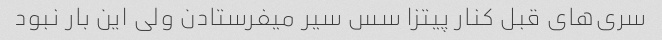
سری‌های قبل کنار پیتزا سس سیر میفرستادن ولی این بار نبود